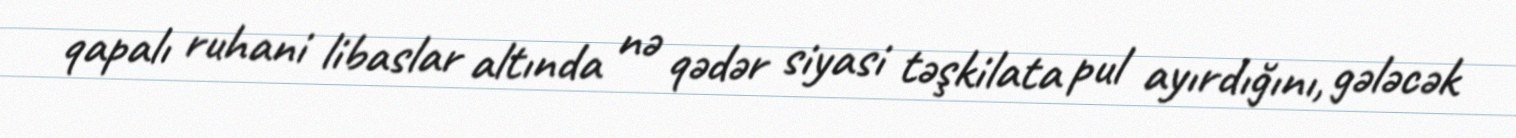
qapalı ruhani libaslar altında nə qədər siyasi təşkilata pul ayırdığını, gələcək